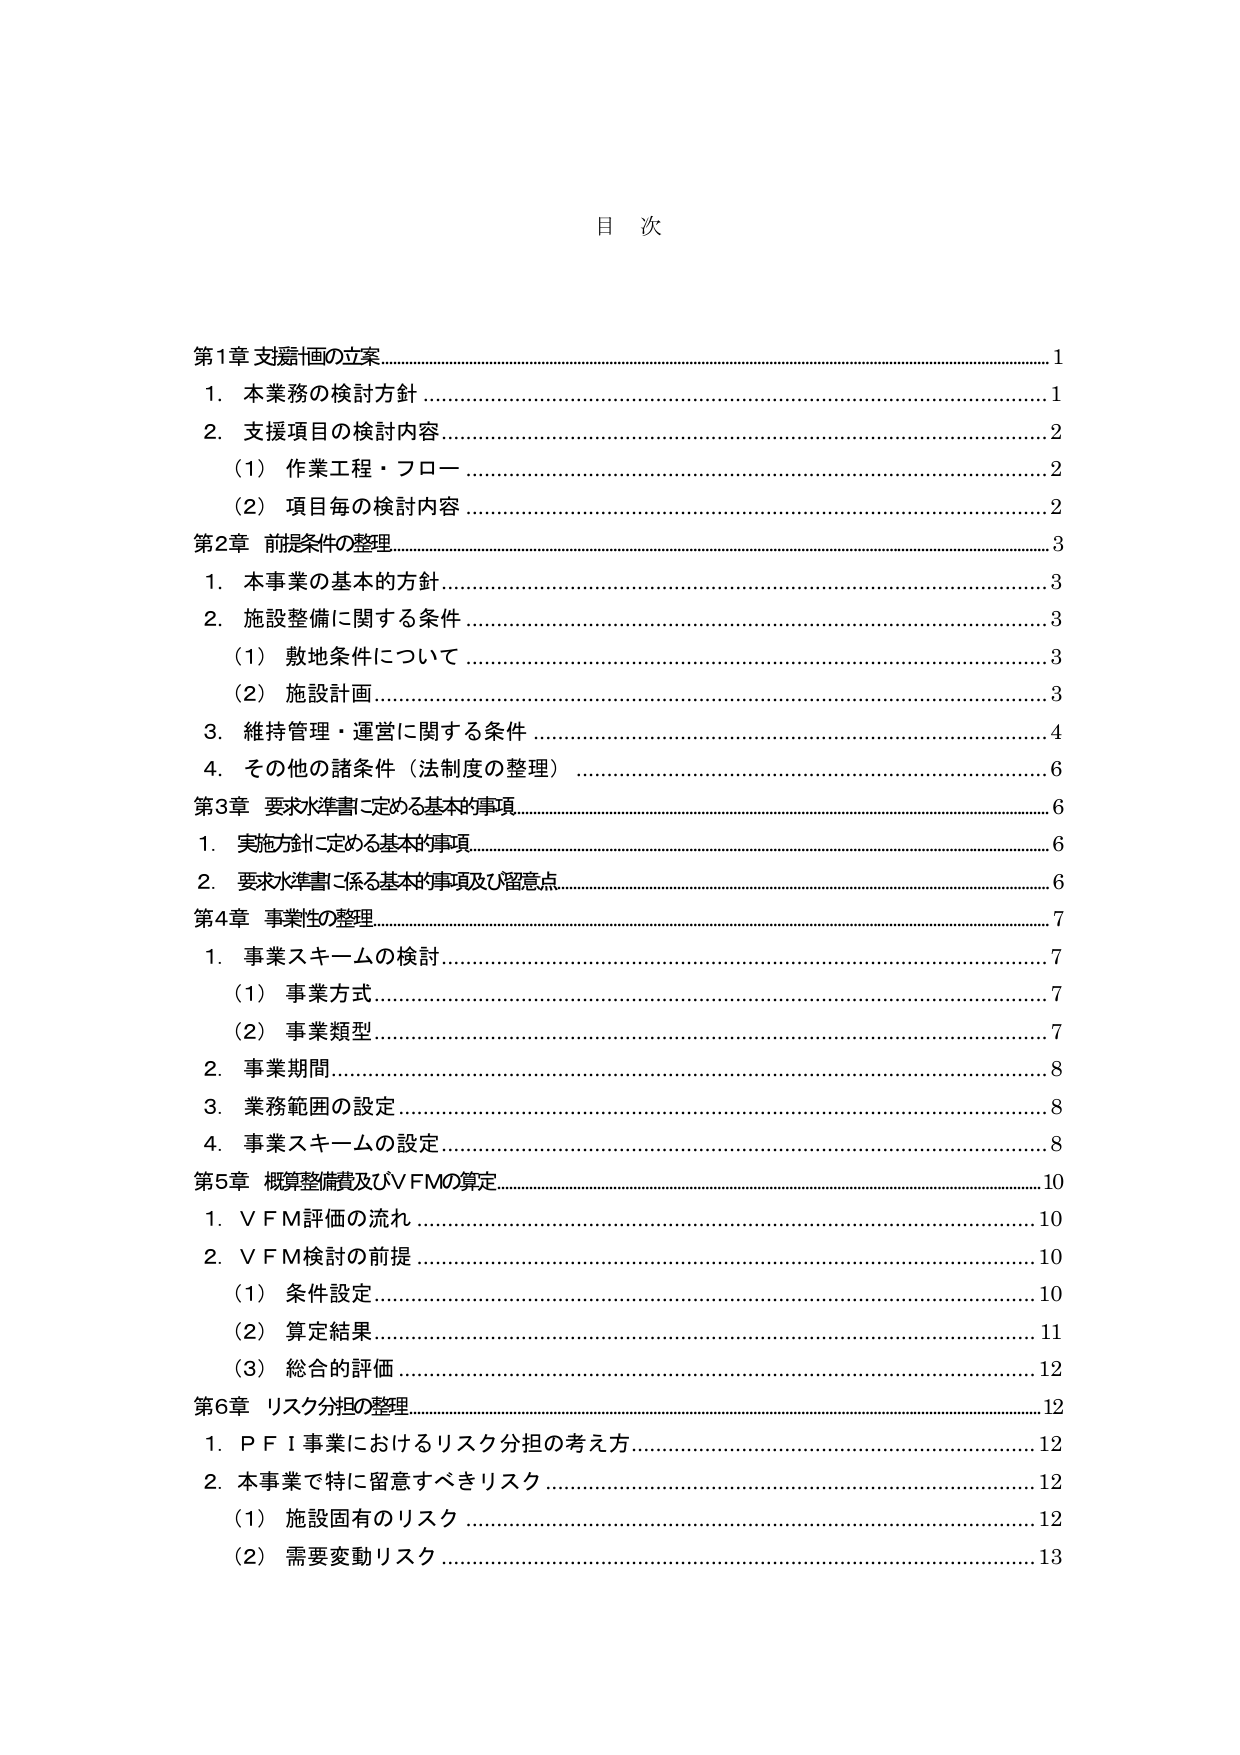
目 次

第1章 支援価の立案 1
　1．本業務の検討方針 1
　2．支援項目の検討内容 2
　　（1）作業工程・フロー 2
　　（2）項目毎の検討内容 2

第2章 前提条件の整理 3
　1．本事業の基本の方針 3
　2．施設整備に関する条件 3
　　（1）敷地条件について 3
　　（2）施設計画 3
　3．維持管理・運営に関する条件 4
　4．その他の諸条件（法制度の整理） 6

第3章 要求水準書に定める基本的事項 6
　1．実施方針に定める基本的事項 6
　2．要求水準書に係る基本的事項及び留意点 6

第4章 事業性の整理 7
　1．事業スキームの検討 7
　　（1）事業方式 7
　　（2）事業類型 7
　2．事業期間 8
　3．業務範囲の設定 8
　4．事業スキームの設定 8

第5章 概算整備費及びVFMの算定 10
　1．VFM評価の流れ 10
　2．VFM検討の前提 10
　　（1）条件設定 10
　　（2）算定結果 11
　　（3）総合的評価 12

第6章 リスク分担の整理 12
　1．PFI事業におけるリスク分担の考え方 12
　2．本事業で特に留意すべきリスク 12
　　（1）施設固有のリスク 12
　　（2）需要変動リスク 13